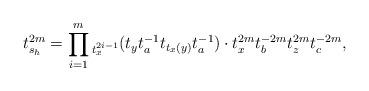
LaTeX: \begin{align*}t_{s_h}^{2m} = \prod_{i=1}^m {}_{t_x^{2i-1}}(t_y t_a^{-1} t_{t_x(y)} t_a^{-1}) \cdot t_x^{2m} t_b^{-2m} t_z^{2m} t_c^{-2m}, \end{align*}